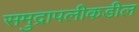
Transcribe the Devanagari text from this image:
समुद्रापलीकडील